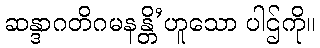
ဆန္ဒာဂတိဂမနန္တိ’ဟူသော ပါဌ်ကို။